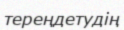
тереңдетудің